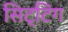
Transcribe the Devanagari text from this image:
सिट्टिंग